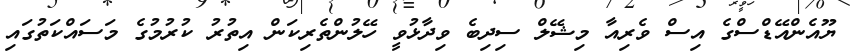
ޔޫއެންއޭޑްސްގެ އިސް ވެރިއާ މިޝޭލް ސިދިބެ ވިދާޅުވީ ހޭލުންތެރިކަން އިތުރު ކުރުމުގެ މަސައްކަތުގައި